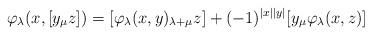
LaTeX: \begin{align*}\varphi_\lambda (x,[y_\mu z])= [\varphi_\lambda(x, y)_{\lambda+\mu}z] +(- 1)^{|x||y|} [y_\mu \varphi_\lambda (x, z)]\end{align*}